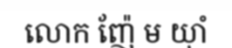
លោក ញ៉ែ ម យ៉ាំ